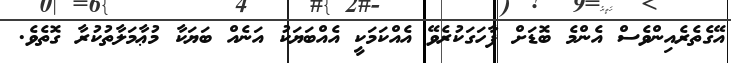
އޭގެތެރެއިންވެސް އެންމެ ބޮޑަށް ފާހަގަކުރެވޭ އެއްކަމަކީ އެއްބަޔަކު އަނެއް ބަޔަކާ މުޢާމަލާތުކުރާ ގޮތެވެ.